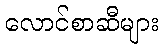
လောင်စာဆီများ